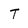
Character: T